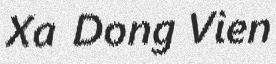
Xa Dong Vien